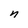
Character: n